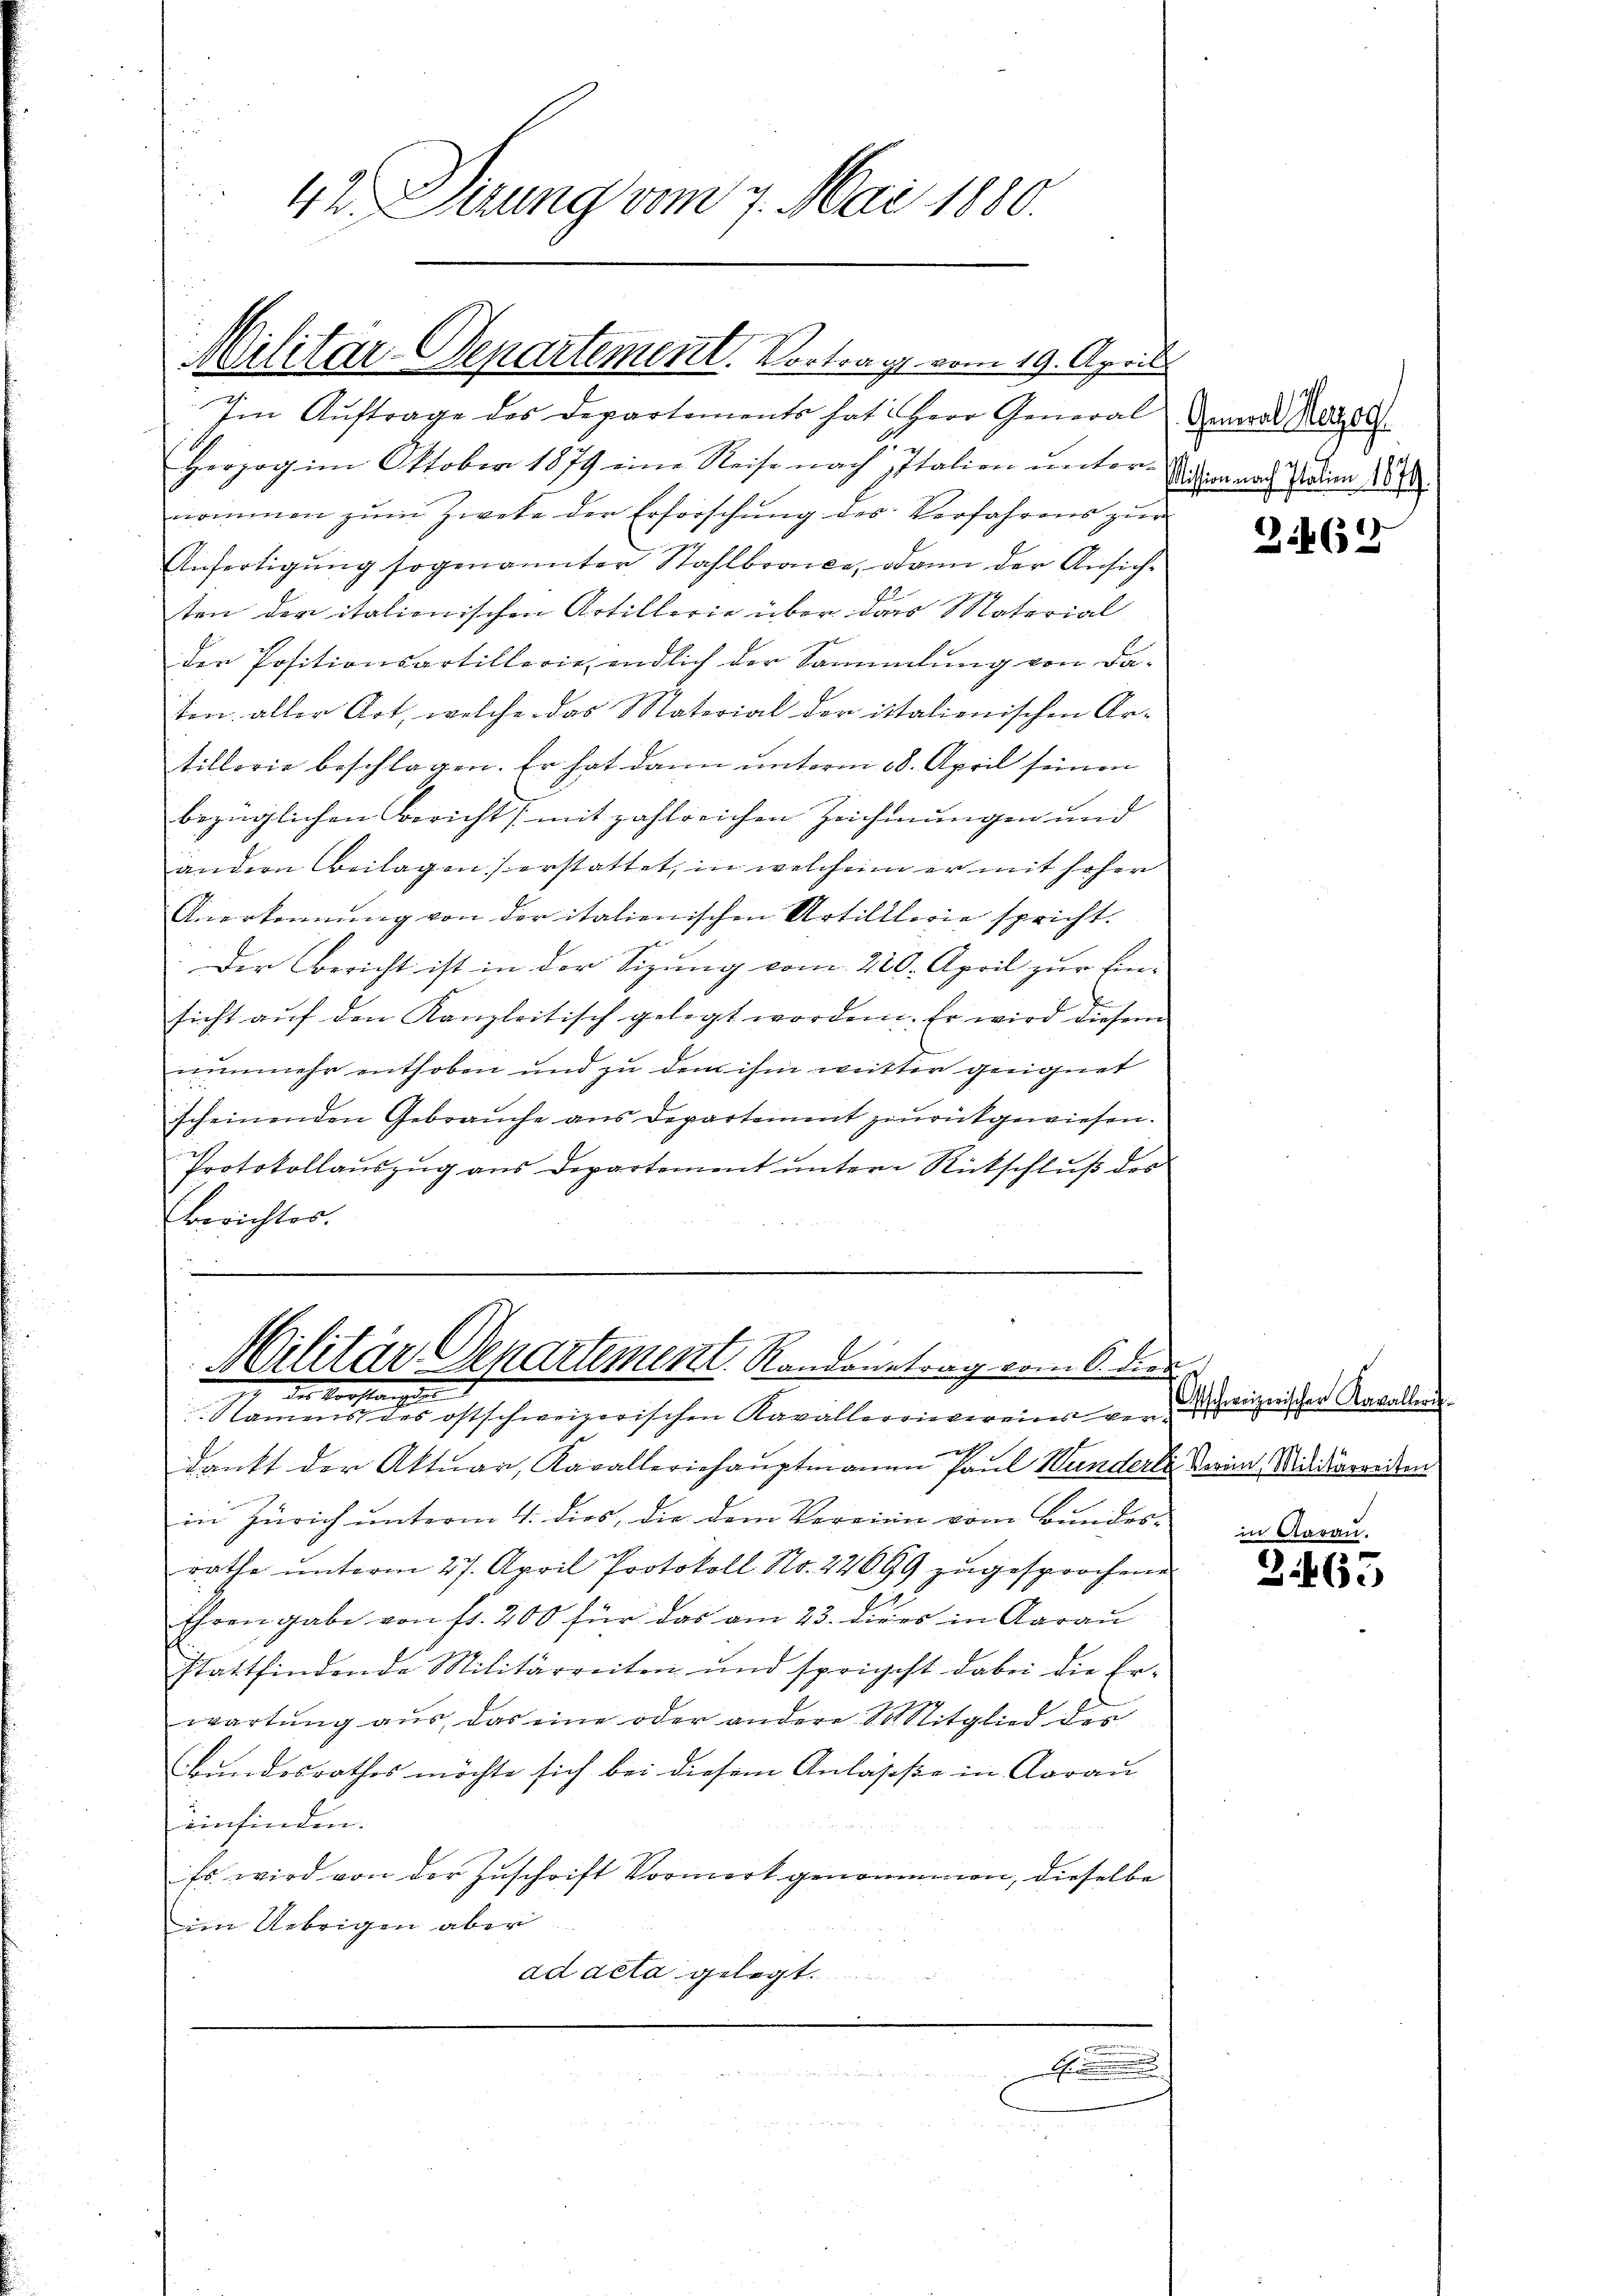
42 Sirung vom 7. Mai 1880.

Militar-Departement. Vortrag vom 19. April

Im Aŭftrage des Departements hat Herr General General Gottl.
2.
21
Herzog im Oktober 1879 eine Reise nach Italien ŭnter-
nommen zŭm Zweke der Erforschung des Verfahrens zur
Anfertigung sogenannter Stahlbracke, dann der Ansiche
E
ten der italionischen Artillerie über dass Material
der Positionsartillerie endlich der Sammlung von da-
ten. aller Art, welche das Material der istationischen Ar-
tillorie beschlagen. Er hat dann unterm 18. April seinen
bezüglichen Bericht (mit zahlreichen Zeichnungen und
andern Beilagen erstattet, in welchem er mit hoher
Anerkennung von der italienischen Artilllerie spricht.
Der Bericht ist in der Sizung vom 220. April zur Ein-
sicht aŭf den Kanzleitisch gelegt worden. Er wird diesem
nunmehr enthoben und zu dem ihm weitter geeignet
scheinenden Gebrauche aus Departement zurückgewiesen.
Protokollauszug aus Departement unter Rückschluß des
Berichtes.

Militär-Departement Randonetrag vom 6. die
der Verlangen

Namens des ostschweizerischen Kavallerrievereins verh
dankt der Aktuar, Kavalleriehauptmanne Paul Wunderli Vorin Milderedten
in Zürich unterm 4. dies, die dem Vereine vom Bundes- in Aarau
rathe unterm 27. April Protokoll No. 22699 zugesprochenen
Ehren gabe von fr. 200 für das am 23. die es in Aarau
stattfindende Militärreiten und sprichst dabei die Er-
wartung aus, das eine oder andere St. Mitglied des
Bundesrathes möchte sich bei diesem Anlasse in Aarau
einfinden.
Es wird von der Zuschrift Vormerk genommen, dieselbe
im Uebrigen aber
ad acta gelegt.
.

Mission nach Italien 1879.

3.62

Ostschweizerischer Kavalleri

3.465